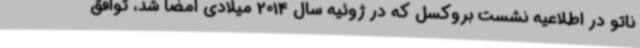
ناتو در اطلاعیه نشست بروکسل که در ژوئیه سال 2014 میلادی امضا شد، توافق